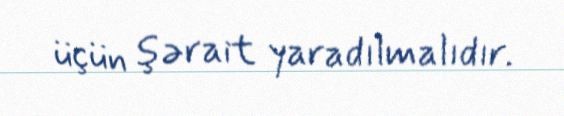
üçün şərait yaradılmalıdır.